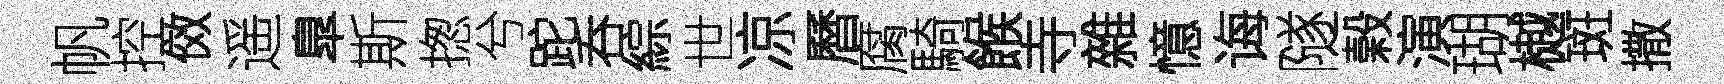
帆控傚遥臯斯揔兮跎呑綜世凉曆腐騎餱寺雜憶诲隧榖演瑚樾斑撒